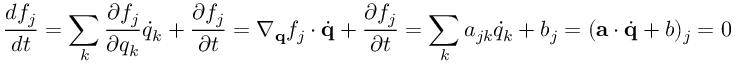
\frac { d f _ { j } } { d t } = \sum _ { k } \frac { \partial f _ { j } } { \partial q _ { k } } \dot { q } _ { k } + \frac { \partial f _ { j } } { \partial t } = \nabla _ { \mathbf { q } } f _ { j } \cdot \dot { \mathbf { q } } + \frac { \partial f _ { j } } { \partial t } = \sum _ { k } a _ { j k } \dot { q } _ { k } + b _ { j } = ( \mathbf { a } \cdot \dot { \mathbf { q } } + b ) _ { j } = 0